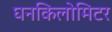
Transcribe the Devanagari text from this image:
घनकिलोमिटर